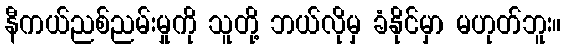
နီကယ်ညစ်ညမ်းမှုကို သူတို့ ဘယ်လိုမှ ခံနိုင်မှာ မဟုတ်ဘူး။